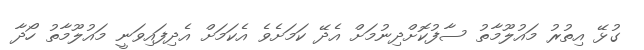
ގުޅޭ އިތުރު މައުލޫމާތު ސާފުކޮށްދިނުމަށް އެދޭ ކަމަށެވެ އެކަމަށް އެދިފައިވަނީ މައުލޫމާތު ހޯދާ